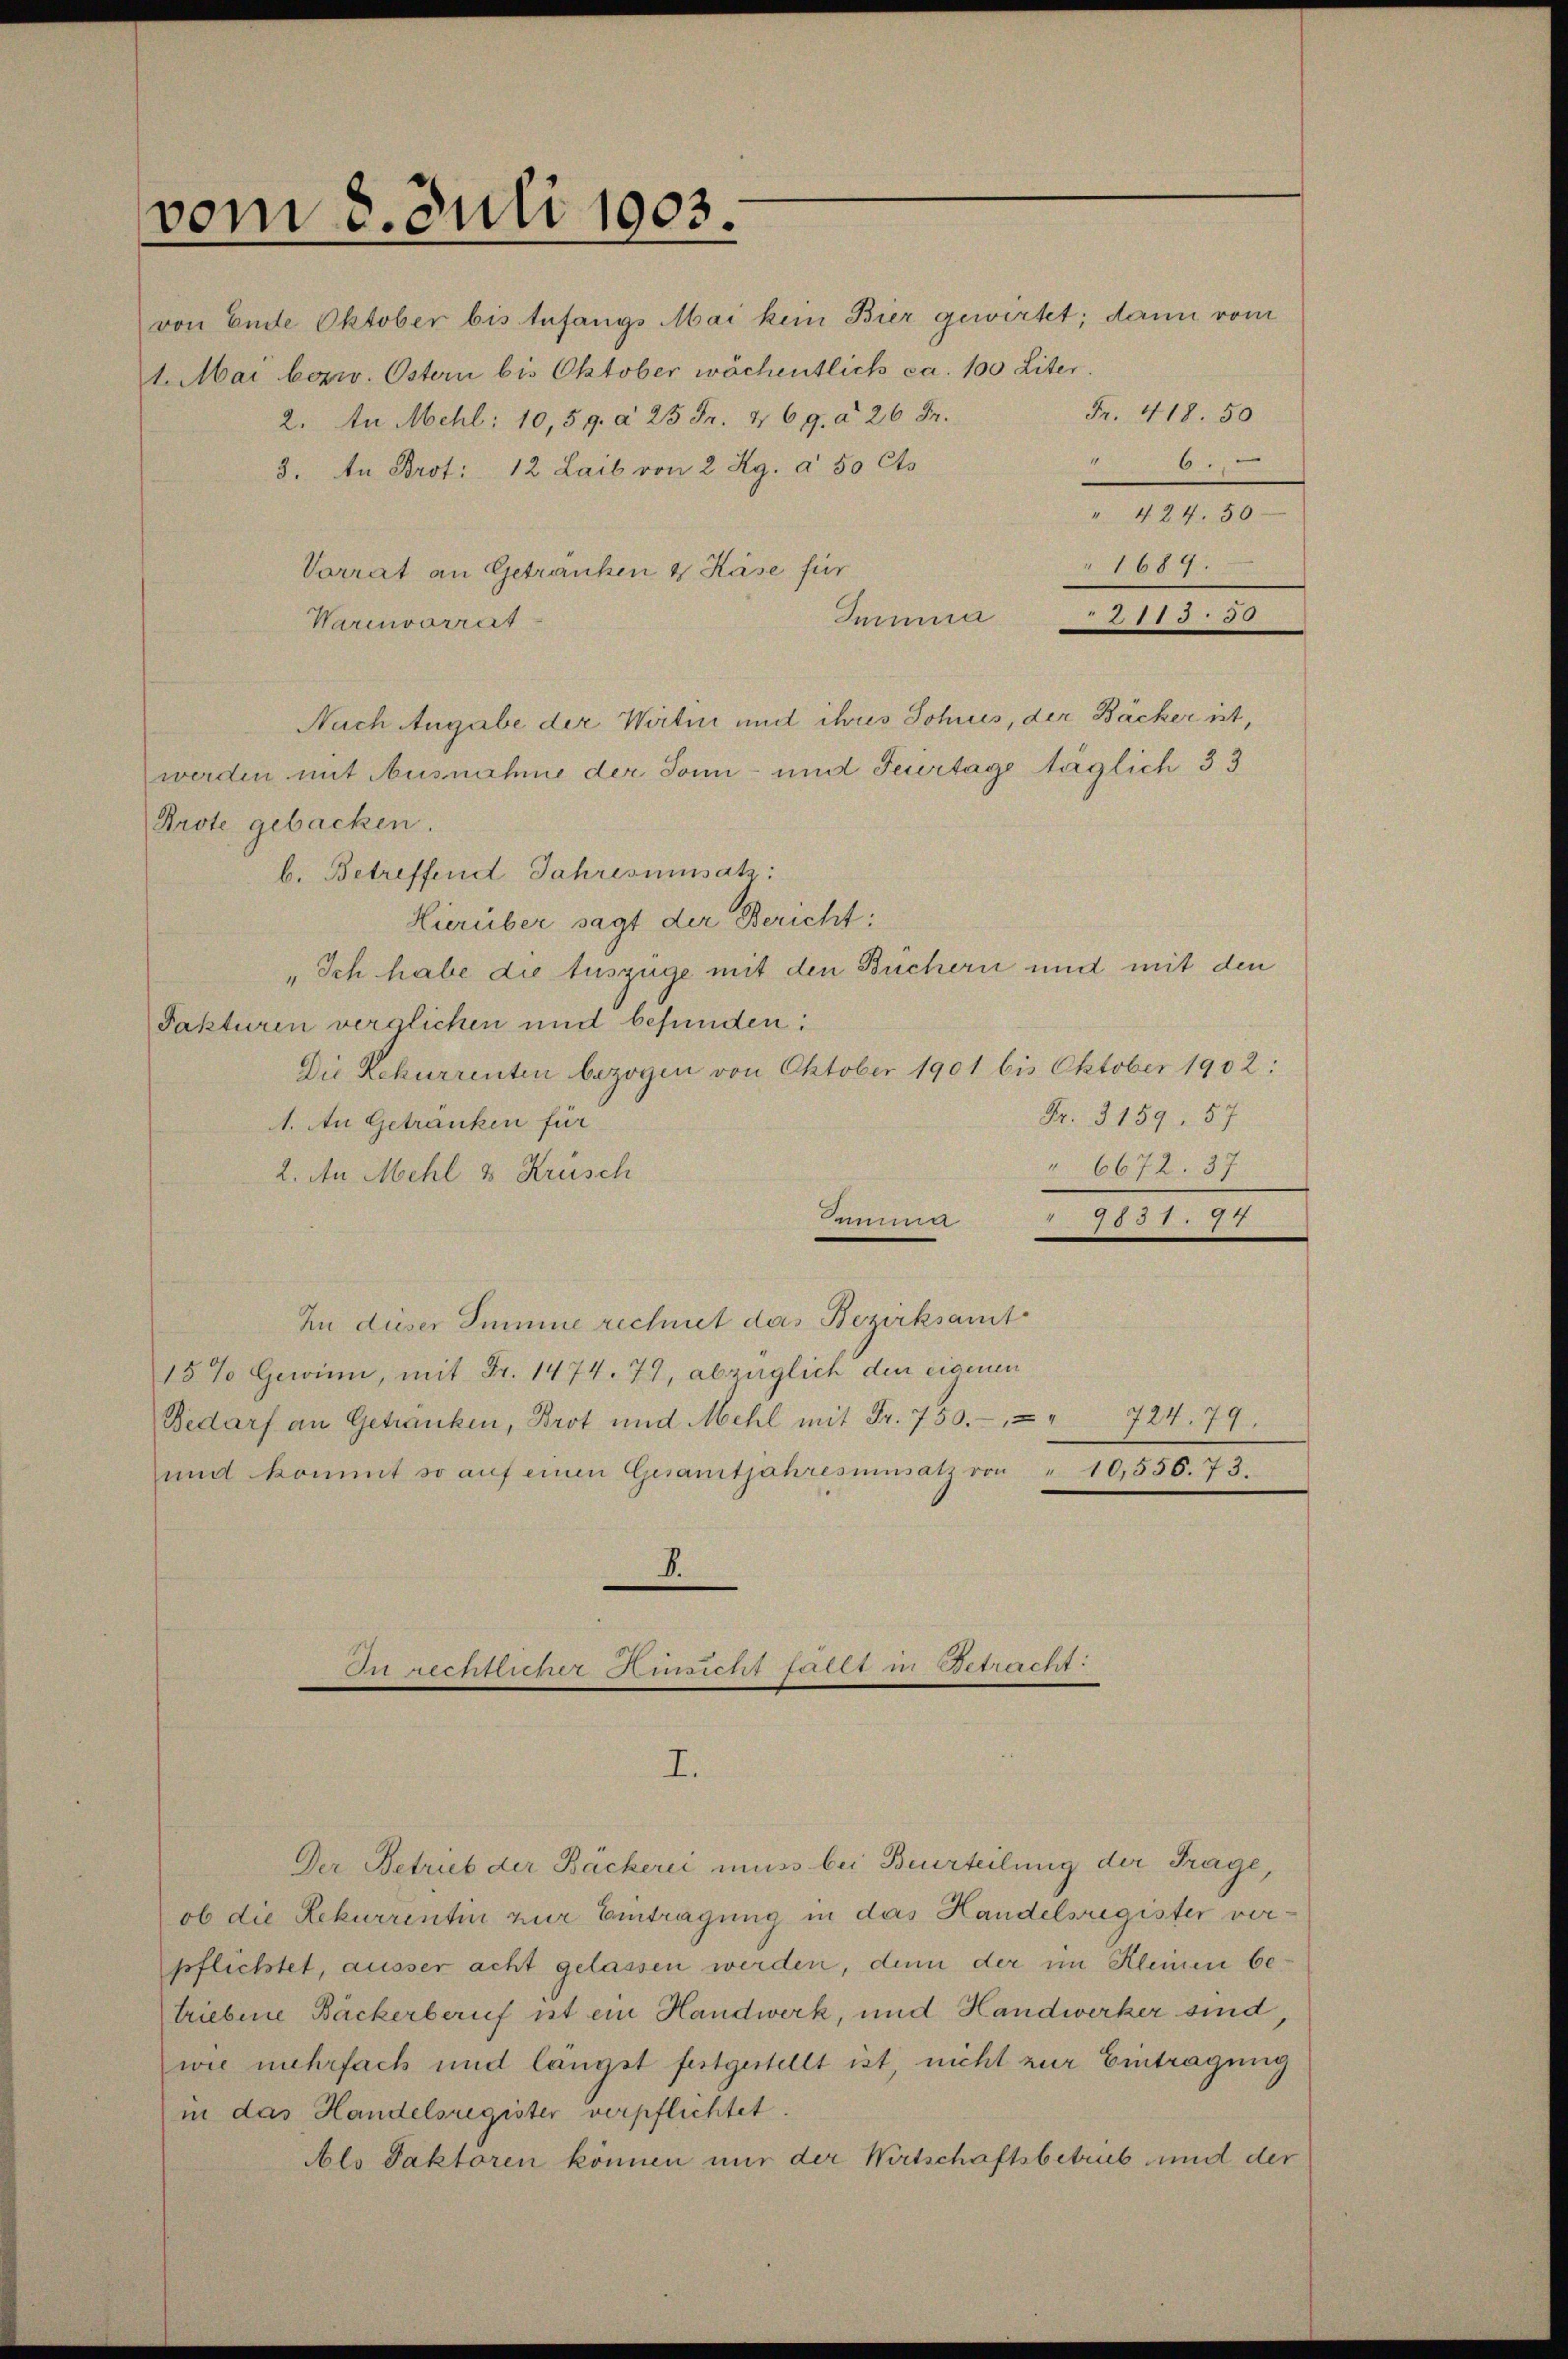
vom 8. Juli 1903.

Vorrat an Getränken & Käse für
Iemina
Warenvorrat
Nach Angabe der Wirtin und ihres Sohnes, der Bäcker ist,
Prote gebacken.
b. Betreffend Jahresumsatz:
Hierüber sagt der Bericht:
„Ich habe die Auszüge mit den Büchern und mit den
Fakturen verglichen und befunden:
Die Rekurrenten bezogen von Oktober 1901 bis Oktober 1902:
Fr. 3159. 57
1. An Getränken für
6672. 37
2. An Mehl 8 Krüsch
sseur
1
In dieser Summe rechnet das Bezirksamt
15% Gewinn, mit Fr. 1474. 79, abzüglich den eigenen
Bedarf an Getranken, Brot und Mehl mit Fr. 750. 724. 79.
und kommt so auf einen Gesamtjahresnensatz von " 10,556. 73.
D.
e
An richtlicher Kurient falle in Betracht:

von Ende Oktober bis Enfangs Mai kein Bier gewirtet; dann vom
1. Mai bezw. Ostern bis Oktober wöchentlich ca. 100 Liter
Fr. 418. 50
2. An Mehl: 10,59. a 25 Fr. 469. d. 26 Fr.
" 6.
3. An Brot: 12 Laib von 2 Rg. à 50 Cts

werden mit Ausnahme der Sonn- und Feuertage täglich 33

I.

" 424. 50
1689.
 11 22875

Der Betrub der Bäckerii muss bei Beurteilung der Frage,
ob die Rekurrentin zur Eintragung in das Handelsregister verpflichtet, ausser acht gelassen werden, denn der im Kleinen betriebene Bäckerberuf ist ein Handwerk, und Handwerker sind,
wie mehrfach und längst festgestellt ist, nicht zur Eintragung
in das Handelsregister verpflichtet.
Als Faktoren können nur der Wirtschaftsbetrüb und der